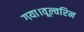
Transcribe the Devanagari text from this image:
गया।वूल्वरिन